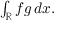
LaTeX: \textstyle \int _ { \mathbb { R } } f g \, d x .